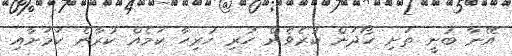
އޭނާ ބުނީ ތަށި ހޯދަން ކުރެވެން ހުރި ހުރިހާ ކަމެއް ކުރާނެ ކަމަށާއި